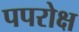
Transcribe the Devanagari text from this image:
पपरोक्ष